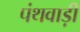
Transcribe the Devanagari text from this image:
पंथवाड़ी